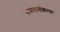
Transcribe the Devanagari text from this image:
समवायीकरण